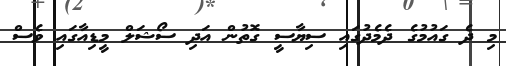
މި ދެ ގައުމުުގެ ދެމެދުގައި ސިޔާސީ ގޮތުން އަދި ސޯޝަލް މީޑިއާގައި ވެސް